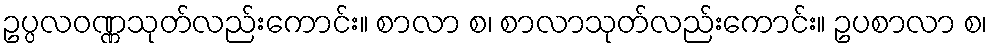
ဥပ္ပလဝဏ္ဏသုတ်လည်းကောင်း။ စာလာ စ၊ စာလာသုတ်လည်းကောင်း။ ဥပစာလာ စ၊